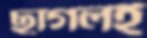
ছাগলই